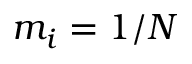
m _ { i } = 1 / N